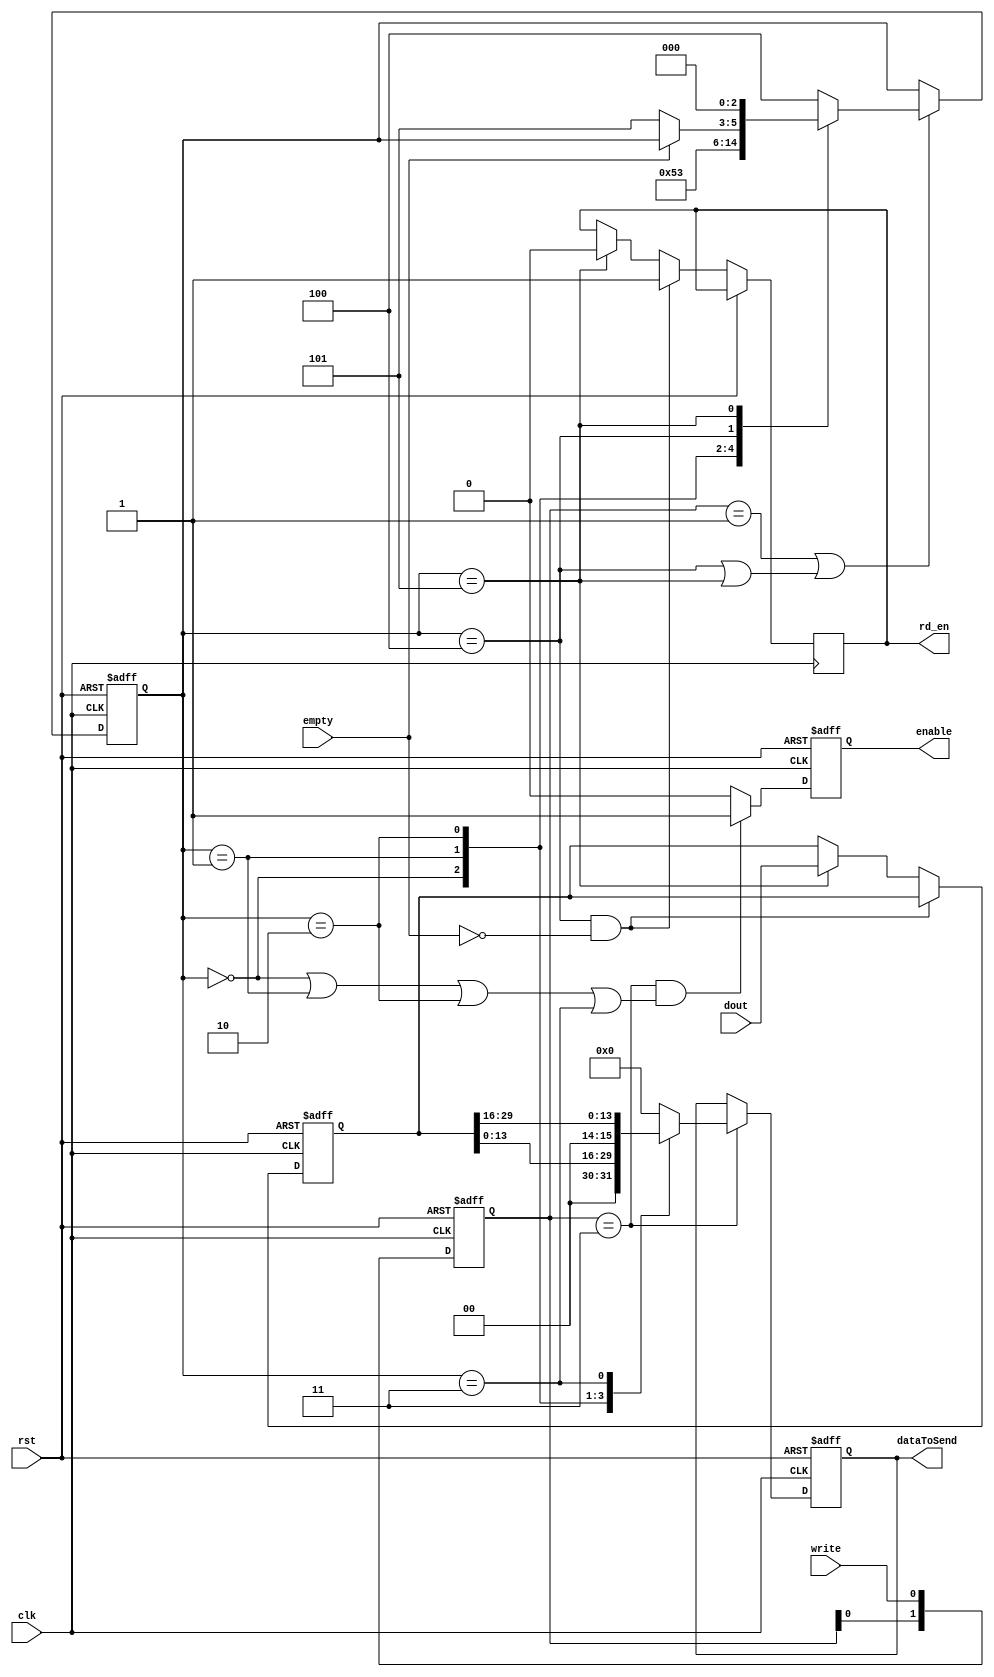
`timescale 1ns / 1ps
//////////////////////////////////////////////////////////////////////////////////
// Company: 
// Engineer: 
// 
// Design Name: 
// Module Name:    REG_SPLITTER 
// Project Name: 
// Target Devices: 
// Tool versions: 
// Description: 
//
// Dependencies: 
//
// Revision: 
// Revision 0.01 - File Created
// Additional Comments: 
//
//////////////////////////////////////////////////////////////////////////////////
module REG_SPLITTER(
    input clk, rst, write, empty,
    input [31:0] dout,
	 output reg enable, rd_en,
    output [7:0] dataToSend
    );
	  
	  
	 reg [2:0] state; 
	 reg [31:0] buffer;
	 reg [1:0] split;
	 reg [7:0] register;
	 
	 always @(posedge clk,posedge rst)
		if(rst)
			register<=8'd0;
		else if(split==2'b11)
			case (state)
				3'b00: register <= {2'b0, buffer[13:8]}; //wypelniamy 2 pierwsz bity zerami, poniewa s tam mieciowe dane z linii AD_DOUT
				3'b01: register <= buffer[7:0];    
				3'b10: register <= {2'b0,buffer[29:24]}; //jw. 
				3'b11: register <= buffer[23:16];
				default: register <=8'b0;
			endcase
	
	
	always @(posedge clk,posedge rst)
		if(rst)
			split<=2'b11;
		else
			split<={ split[0], write };	//write z modulu UART mowi nam czy jestesmy gotowi do wysylania kolejnych danych
	

	always @(posedge clk,posedge rst)
		if(rst)
			state<=3'd4;
		else  if((split==2'b01) || (state==3'b100 || state==3'b101)) //split 'b01 czyli wlasnie skonczylismy wysylac na UART
			case (state)
				3'd0: state <= 3'd1;
				3'd1: state <= 3'd2;
				3'd2: state <= 3'd3;
				3'd3: state <= 3'd4;
				3'd4: if(!empty) state <=3'd5; //sprawdzamy czy kolejka nie pusta
				3'd5: state <= 3'd0;
				default: state<=3'd4;
			endcase
			
	always @(posedge clk,posedge rst)
		if(rst)
			enable<=0;
		else if(split == 2'b11 && (state==3'd0 || state==3'd1 || state==3'd2 || state==3'd3)) 
			enable<=1; //enable to sygnal dla UARTu aby wysylal dane, ustawiamy na 1 gdy UART skonczyl wysylac poprzednia paczke
						  //i mamy do wyslania kolejne
		else
			enable<=0;
			
			
	always @(posedge clk,posedge rst)
		if(rst)begin
			buffer<=32'b00000000111100001111111100001111;
		end
		else if(state==3'd4 && !empty) //odczyt z kolejki jesli nie jest pusta
			rd_en<=1;
		else if(state==3'd5) begin
			buffer<=dout;
			rd_en<=0;
		end 
			

		
		assign dataToSend = register;
		
	
endmodule